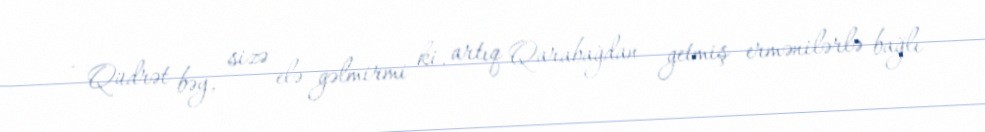
- Qüdrət bəy, sizə elə gəlmirmi ki, artıq Qarabağdan getmiş ermənilərlə bağlı